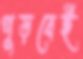
পুড়বেই